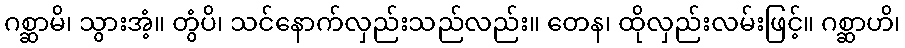
ဂစ္ဆာမိ၊ သွားအံ့။ တွံပိ၊ သင်နောက်လှည်းသည်လည်း။ တေန၊ ထိုလှည်းလမ်းဖြင့်။ ဂစ္ဆာဟိ၊